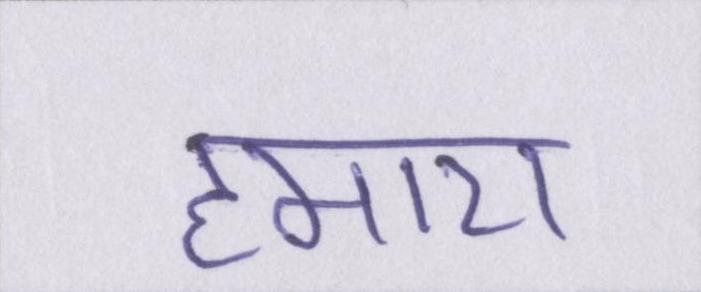
हमारा